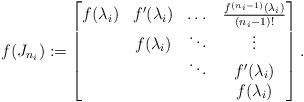
LaTeX: \begin{align*}f(J_{n_i}) := \begin{bmatrix} f(\lambda_i) & f'(\lambda_i) & \dots & \frac{f^{(n_i-1)}(\lambda_i)}{(n_i - 1)!} \\ & f(\lambda_i) & \ddots & \vdots \\ & & \ddots & f'(\lambda_i)\\ & & & f(\lambda_i)\end{bmatrix}. \end{align*}